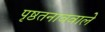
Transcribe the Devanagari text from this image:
पृष्ठतनाववाले